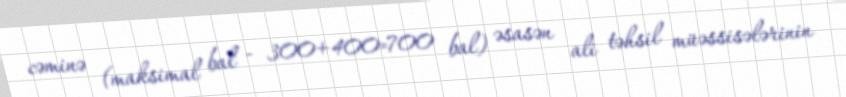
cəminə (maksimal bal - 300+400=700 bal) əsasən ali təhsil müəssisələrinin